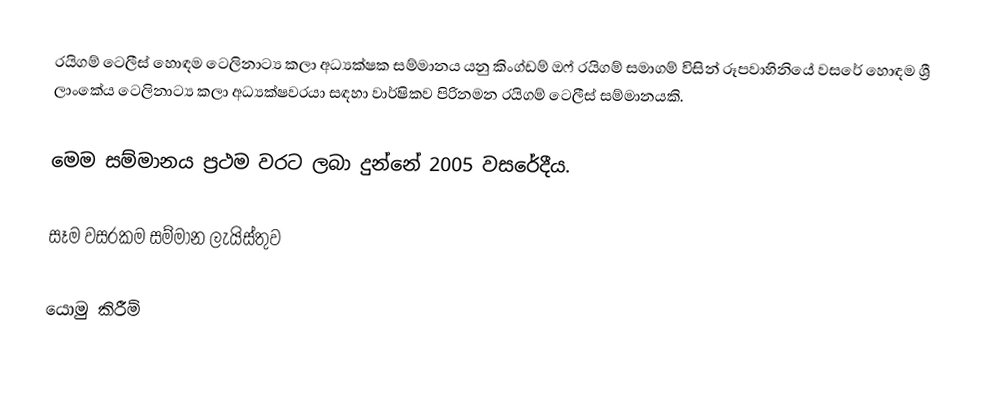
රයිගම් ටෙලීස් හොඳම ටෙලිනාට්‍ය කලා අධ්‍යක්ෂක සම්මානය යනු කිංග්ඩම් ඔෆ් රයිගම් සමාගම් විසින් රූපවාහිනියේ වසරේ හොඳම ශ්‍රී ලාංකේය ටෙලිනාට්‍ය කලා අධ්‍යක්ෂවරයා සඳහා වාර්ෂිකව පිරිනමන රයිගම් ටෙලීස් සම්මානයකි.

මෙම සම්මානය ප්‍රථම වරට ලබා දුන්නේ 2005 වසරේදීය.

සෑම වසරකම සම්මාන ලැයිස්තුව

යොමු කිරීම්